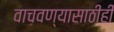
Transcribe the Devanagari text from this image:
वाचवण्यासाठीही